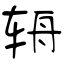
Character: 辀